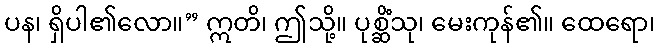
ပန၊ ရှိပါ၏လော။” ဣတိ၊ ဤသို့။ ပုစ္ဆိံသု၊ မေးကုန်၏။ ထေရော၊